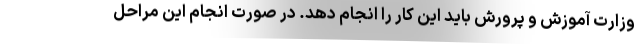
وزارت آموزش و پرورش باید این کار را انجام دهد. در صورت انجام این مراحل